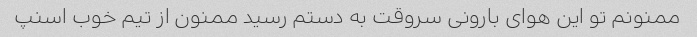
ممنونم تو این هوای بارونی سروقت به دستم رسید ممنون از تیم خوب اسنپ